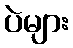
ပဲများ